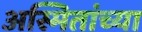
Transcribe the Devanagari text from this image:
अस्मितांच्या